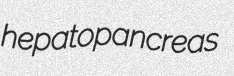
hepatopancreas